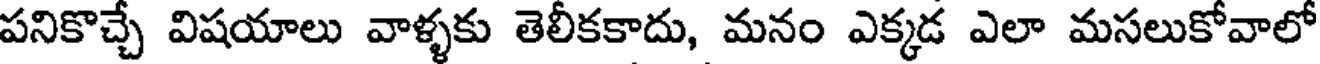
పనికొచ్చే విషయాలు వాళ్ళకు తెలీకకాదు, మనం ఎక్కడ ఎలా మసలుకోవాలో